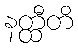
နတ္ထီတိ